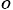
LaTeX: _o